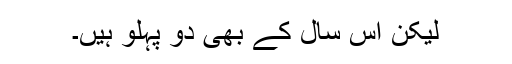
لیکن اس سال کے بھی دو پہلو ہیں۔